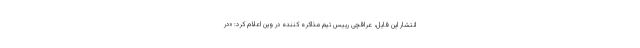
انتشار این فایل، عراقچی رییس تیم مذاکره کننده در وین اعلام کرد: «در